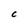
Character: C